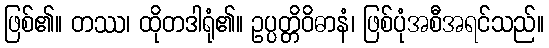
ဖြစ်၏။ တဿ၊ ထိုတဒါရုံ၏။ ဥပ္ပတ္တိဝိဓာနံ၊ ဖြစ်ပုံအစီအရင်သည်။